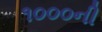
૧૦૦૦ની